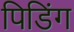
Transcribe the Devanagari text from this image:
पिडिंग